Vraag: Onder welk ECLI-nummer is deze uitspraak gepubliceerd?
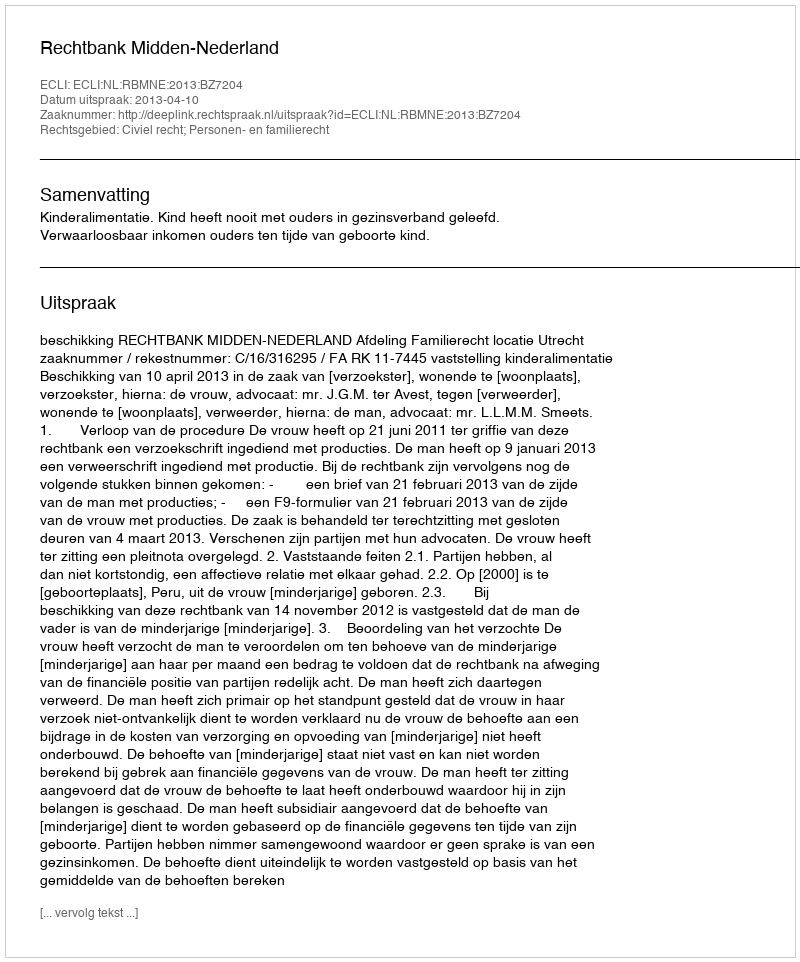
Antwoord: ECLI:NL:RBMNE:2013:BZ7204